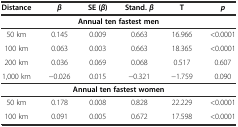
<table><thead><tr><td><b>Distance</b></td><td><b><i>β</i></b></td><td><b>SE ( <i>β</i>)</b></td><td><b>Stand.<i>β</i></b></td><td><b>T</b></td><td><b><i>p</i></b></td></tr></thead><tbody><tr><td colspan="6"><b>Annual ten fastest men</b></td></tr><tr><td>50 km</td><td>0.145</td><td>0.009</td><td>0.663</td><td>16.966</td><td>&lt;0.0001</td></tr><tr><td>100 km</td><td>0.063</td><td>0.003</td><td>0.663</td><td>18.365</td><td>&lt;0.0001</td></tr><tr><td>200 km</td><td>0.036</td><td>0.069</td><td>0.068</td><td>0.517</td><td>0.607</td></tr><tr><td>1,000 km</td><td>−0.026</td><td>0.015</td><td>−0.321</td><td>−1.759</td><td>0.090</td></tr><tr><td colspan="6"><b>Annual ten fastest women</b></td></tr><tr><td>50 km</td><td>0.178</td><td>0.008</td><td>0.828</td><td>22.229</td><td>&lt;0.0001</td></tr><tr><td>100 km</td><td>0.091</td><td>0.005</td><td>0.672</td><td>17.598</td><td>&lt;0.0001</td></tr></tbody></table>